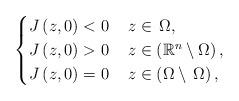
LaTeX: \begin{align*}\begin{cases}J\left(z,0\right)<0 & \,z\in\,\Omega,\\J\left(z,0\right)>0 & \,z\in\left(\mathbb{R}^{n}\setminus\Omega\right),\\J\left(z,0\right)=0 & \,z\in\left(\Omega\setminus\,\Omega\right),\end{cases}\end{align*}